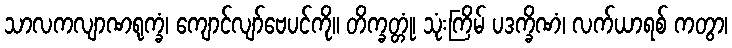
သာလကလျာဏရုက္ခံ၊ ကျောင်လျာ်ဗေပင်ကို။ တိက္ခတ္တုံ၊ သုံးကြိမ် ပဒက္ခိဏံ၊ လက်ယာရစ် ကတွာ၊